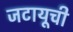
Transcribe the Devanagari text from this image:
जटायूची